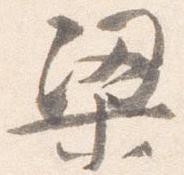
梁